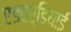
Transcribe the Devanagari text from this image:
एडवर्डियाई